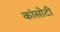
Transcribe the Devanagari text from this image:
कांसोटी